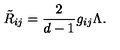
\tilde { R } _ { i j } = \frac 2 { d - 1 } g _ { i j } \Lambda .